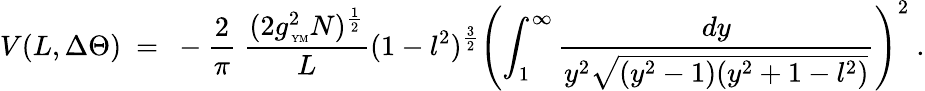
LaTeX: V(L,\Delta\Theta)~=~-\frac{2}{\pi}~\frac{(2g_{\mathrm{\tiny~YM}}^{2}N)^{\frac{1}{2}}}{L}(1-l^{2})^{\frac{3}{2}}\left(\int_{1}^{\infty}\frac{dy}{y^{2}\sqrt{(y^{2}-1)(y^{2}+1-l^{2})}}\right)^{2}~.